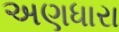
અણધારા